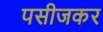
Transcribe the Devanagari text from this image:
पसीजकर